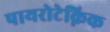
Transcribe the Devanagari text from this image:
पायरोटेक्निक